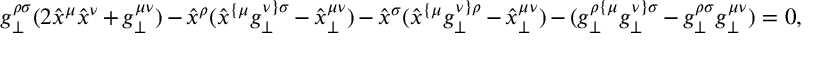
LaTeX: g _ { \perp } ^ { \rho \sigma } ( 2 \hat { x } ^ { \mu } \hat { x } ^ { \nu } + g _ { \perp } ^ { \mu \nu } ) - \hat { x } ^ { \rho } ( \hat { x } ^ { \{ \mu } g _ { \perp } ^ { \nu \} \sigma } - \hat { x } _ { \perp } ^ { \mu \nu } ) - \hat { x } ^ { \sigma } ( \hat { x } ^ { \{ \mu } g _ { \perp } ^ { \nu \} \rho } - \hat { x } _ { \perp } ^ { \mu \nu } ) - ( g _ { \perp } ^ { \rho \{ \mu } g _ { \perp } ^ { \nu \} \sigma } - g _ { \perp } ^ { \rho \sigma } g _ { \perp } ^ { \mu \nu } ) = 0 ,